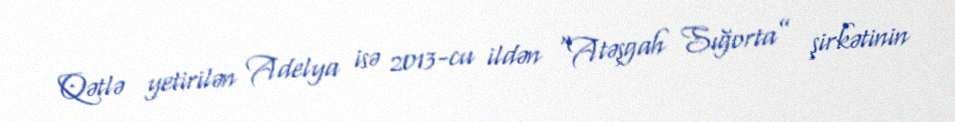
Qətlə yetirilən Adelya isə 2013-cu ildən “Atəşgah Sığorta” şirkətinin